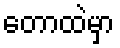
တောထဲမှာ